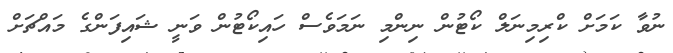
ނުވާ ކަމަށް ކްރިމިނަލް ކޯޓުން ނިންމި ނަމަވެސް ހައިކޯޓުން ވަނީ ޝައިފަންގެ މައްޗަށް